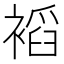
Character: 𲀾